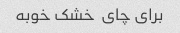
برای چای  خشک خوبه